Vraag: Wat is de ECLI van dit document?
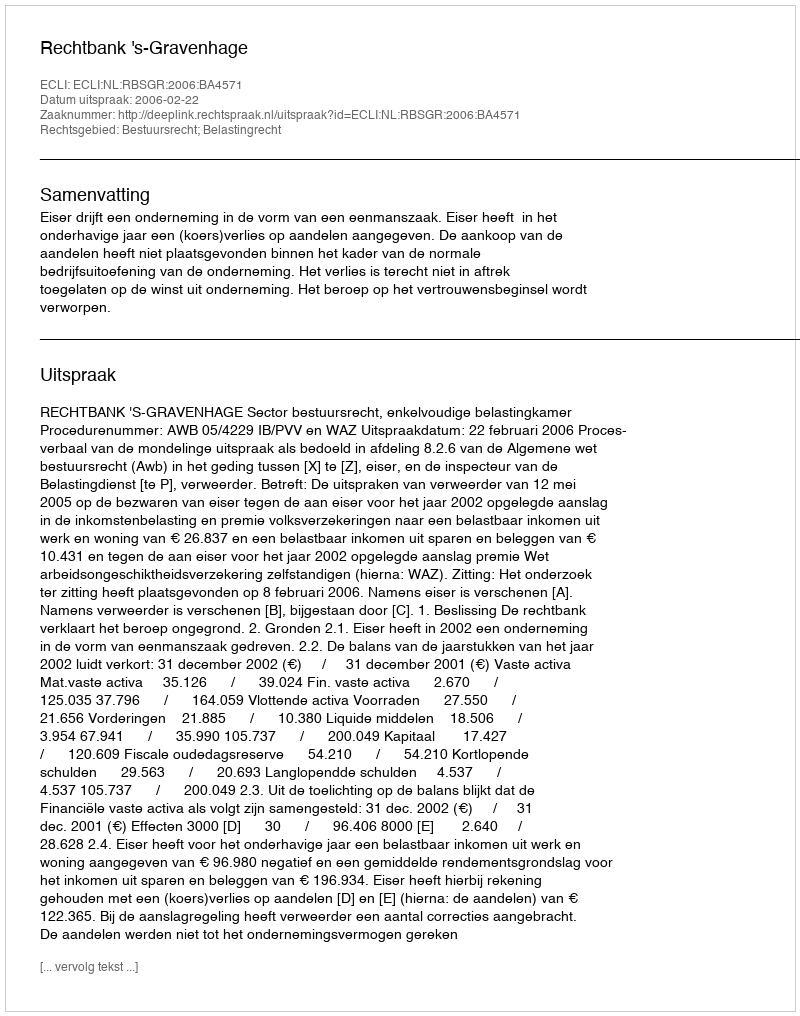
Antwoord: ECLI:NL:RBSGR:2006:BA4571